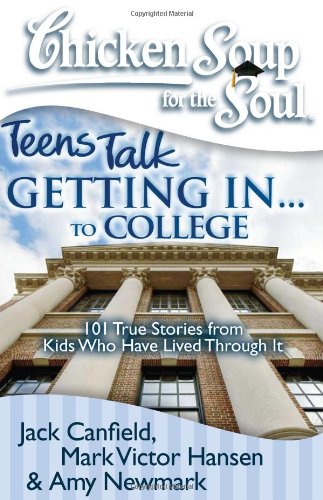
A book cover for Chicken Soup for the Soul: Teens Talk Getting In. . . to College: 101 True Stories from Kids Who Have Lived Through It; Jack Canfield; Teen & Young Adult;